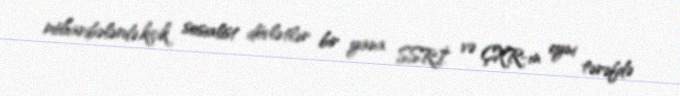
müharibələrdə,kiçik sosialist dövlətlər bir yana SSRİ və ÇXR-ın eyni tərəfdə